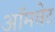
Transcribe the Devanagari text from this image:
ऑमवेट